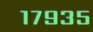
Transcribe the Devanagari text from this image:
१७९३५